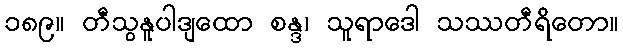
၁၈၉။ တီသွနူပါဒျထော စန္ဒ၊ သူရာဒေါ သဿတီရိတော။